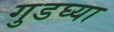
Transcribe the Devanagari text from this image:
गुडघ्या